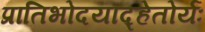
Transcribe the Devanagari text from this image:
प्रातिभोदयाद्हेतोर्यः